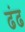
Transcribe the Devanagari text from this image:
ढंढ